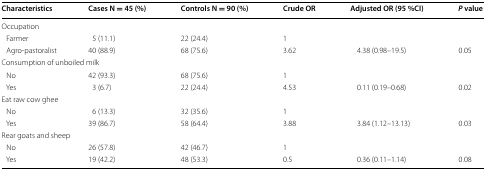
| Characteristics | Cases N = 45 (%) | Controls N = 90 (%) | Crude OR | Adjusted OR (95 %CI) | P value |
 | --- | --- | --- | --- | --- | --- |
 | <COLSPAN=6> Occupation |
 | Farmer | 5 (11.1) | 22 (24.4) | 1 |  |  |
 | Agro-pastoralist | 40 (88.9) | 68 (75.6) | 3.62 | 4.38 (0.98–19.5) | 0.05 |
 | <COLSPAN=6> Consumption of unboiled milk |
 | No | 42 (93.3) | 68 (75.6) | 1 |  |  |
 | Yes | 3 (6.7) | 22 (24.4) | 4.53 | 0.11 (0.19–0.68) | 0.02 |
 | <COLSPAN=6> Eat raw cow ghee |
 | No | 6 (13.3) | 32 (35.6) | 1 |  |  |
 | Yes | 39 (86.7) | 58 (64.4) | 3.88 | 3.84 (1.12–13.13) | 0.03 |
 | <COLSPAN=6> Rear goats and sheep |
 | No | 26 (57.8) | 42 (46.7) | 1 |  |  |
 | Yes | 19 (42.2) | 48 (53.3) | 0.5 | 0.36 (0.11–1.14) | 0.08 |